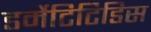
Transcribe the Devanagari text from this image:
डर्मेटिटिडिस